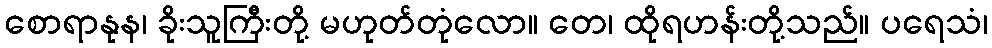
စောရာနုန၊ ခိုးသူကြီးတို့ မဟုတ်တုံလော။ တေ၊ ထိုရဟန်းတို့သည်။ ပရေသံ၊